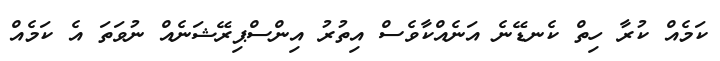
ކަމެއް ކުރާ ހިތް ކެނޑޭނެ އަނެއްކާވެސް އިތުރު އިންސްޕިރޭޝަނެއް ނުވަތަ އެ ކަމެއް